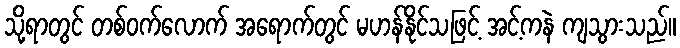
သို့ရာတွင် တစ်ဝက်လောက် အရောက်တွင် မဟန်နိုင်သဖြင့် အင့်ကနဲ ကျသွားသည်။